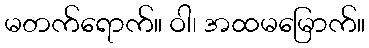
မတက်ရောက်။ ဝါ၊ အထမမြောက်။